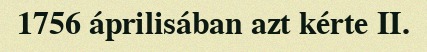
1756 áprilisában azt kérte II.